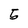
Character: 5